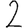
Digit: 2